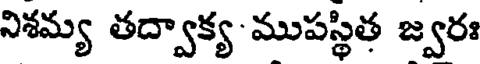
నిశమ్య తద్వాక్య-ముపస్థిత జ్వరః